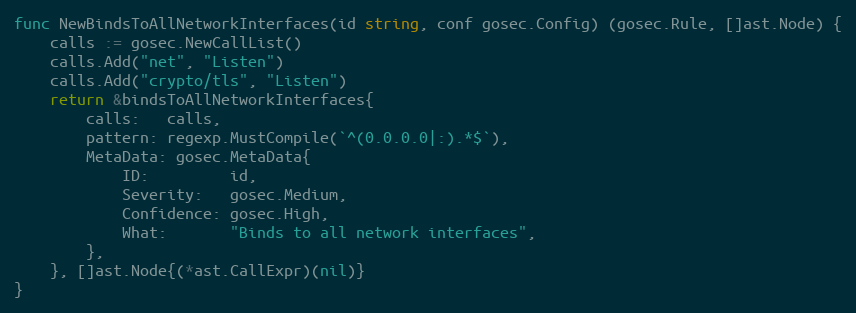
Language: Go
func NewBindsToAllNetworkInterfaces(id string, conf gosec.Config) (gosec.Rule, []ast.Node) {
	calls := gosec.NewCallList()
	calls.Add("net", "Listen")
	calls.Add("crypto/tls", "Listen")
	return &bindsToAllNetworkInterfaces{
		calls:   calls,
		pattern: regexp.MustCompile(`^(0.0.0.0|:).*$`),
		MetaData: gosec.MetaData{
			ID:         id,
			Severity:   gosec.Medium,
			Confidence: gosec.High,
			What:       "Binds to all network interfaces",
		},
	}, []ast.Node{(*ast.CallExpr)(nil)}
}